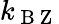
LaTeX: k_{\mathrm{~B~Z~}}